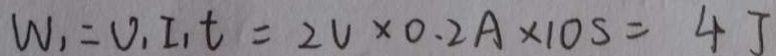
W _ { 1 } = U _ { 1 } I _ { 1 } t = 2 V \times 0 . 2 A \times 1 0 s = 4 J